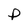
Character: p